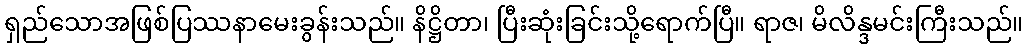
ရှည်သောအဖြစ်ပြဿနာမေးခွန်းသည်။ နိဋ္ဌိတာ၊ ပြီးဆုံးခြင်းသို့ရောက်ပြီ။ ရာဇ၊ မိလိန္ဒမင်းကြီးသည်။